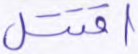
اقتتل